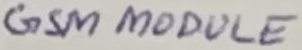
Text: GSM MODULE